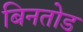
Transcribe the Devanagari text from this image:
बिनतोड